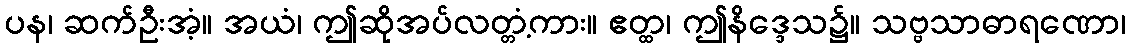
ပန၊ ဆက်ဦးအံ့။ အယံ၊ ဤဆိုအပ်လတ္တံ့ကား။ ဧတ္ထ၊ ဤနိဒ္ဒေသ၌။ သဗ္ဗသာဓာရဏော၊